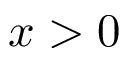
x > 0